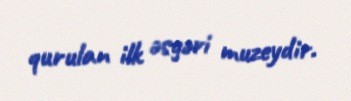
qurulan ilk əsgəri muzeydir.